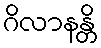
ဂိလာနန္တိ